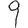
Digit: 9